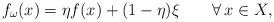
\begin{align*}f_{\omega}(x)=\eta f(x) + (1-\eta)\xi\qquad\forall\, x\in X,\end{align*}